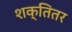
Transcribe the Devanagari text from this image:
शक्तितर